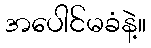
အပေါင်မခံနဲ့။